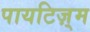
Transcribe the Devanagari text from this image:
पायटिज़्म